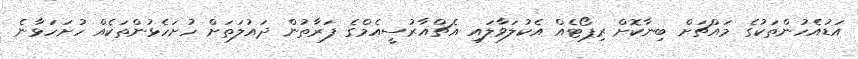
އަޑުއެހުންތަކުގެ މައްޗަށް ބިނާކޮށް ރިޕޯޓެއް އެކުލަވާލައި އެޗްއާރުސީއެމްގެ ފަރާތުން ދައުލަތަށް ހުށަހެޅުންތަކެއް ހުށަހަޅާނެ